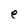
Character: e